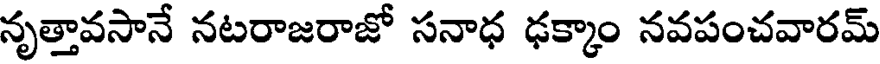
నృత్తావసానే నటరాజరాజో సనాధ ఢక్కాం నవపంచవారమ్